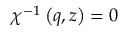
\chi ^ { - 1 } \left( q , z \right) = 0